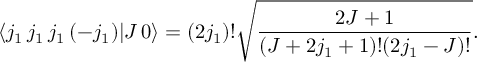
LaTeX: \langle j _ { 1 } \, j _ { 1 } \, j _ { 1 } \, ( - j _ { 1 } ) | J \, 0 \rangle = ( 2 j _ { 1 } ) ! { \sqrt { \frac { 2 J + 1 } { ( J + 2 j _ { 1 } + 1 ) ! ( 2 j _ { 1 } - J ) ! } } } .